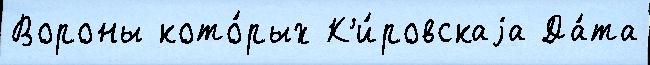
Вороны кото́рых К'и́ровскаjа Да́та